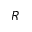
R